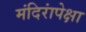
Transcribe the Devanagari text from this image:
मंदिरांपेक्षा